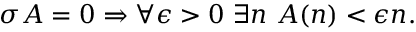
\sigma A = 0 \Rightarrow \forall \epsilon > 0 \ \exists n \ A ( n ) < \epsilon n .